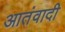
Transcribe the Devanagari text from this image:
आतंवादी